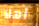
اهلا